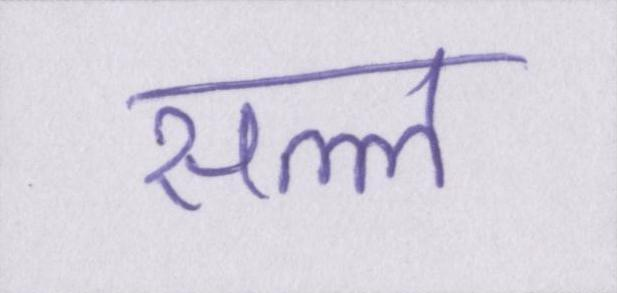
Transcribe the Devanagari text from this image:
सल्ल